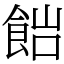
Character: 𩛎